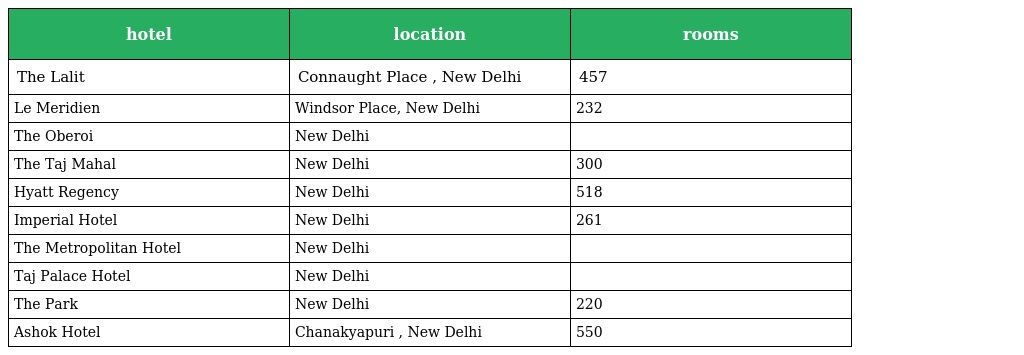
| hotel | location | rooms |
 | --- | --- | --- |
 | The Lalit | Connaught Place , New Delhi | 457 |
 | Le Meridien | Windsor Place, New Delhi | 232 |
 | The Oberoi | New Delhi |  |
 | The Taj Mahal | New Delhi | 300 |
 | Hyatt Regency | New Delhi | 518 |
 | Imperial Hotel | New Delhi | 261 |
 | The Metropolitan Hotel | New Delhi |  |
 | Taj Palace Hotel | New Delhi |  |
 | The Park | New Delhi | 220 |
 | Ashok Hotel | Chanakyapuri , New Delhi | 550 |